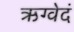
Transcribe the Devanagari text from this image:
ऋग्वेदं